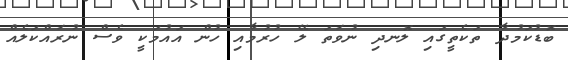
ބޮޑުކަމުދާ ތަކެތީގައި ލޮނދި ނުވަތަ ލޭ ހުރުމާއި ހުން އައުމަކީ ވެސް ނުރައްކަލެއް